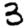
Digit: 3